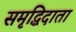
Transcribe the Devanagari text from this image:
समृद्धिदाता